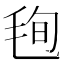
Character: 毥